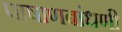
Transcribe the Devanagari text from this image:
पाषाणबांधणी